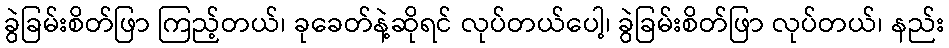
ခွဲခြမ်းစိတ်ဖြာ ကြည့်တယ်၊ ခုခေတ်နဲ့ဆိုရင် လုပ်တယ်ပေါ့၊ ခွဲခြမ်းစိတ်ဖြာ လုပ်တယ်၊ နည်း